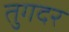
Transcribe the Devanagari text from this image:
तुगदर